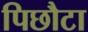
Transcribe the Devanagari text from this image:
पिछौटा